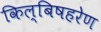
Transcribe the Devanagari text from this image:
किल्बिषहरेण